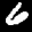
Label: 6